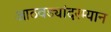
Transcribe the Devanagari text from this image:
आठवड्यांदरम्यान